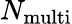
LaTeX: N_{\mathrm{multi}}